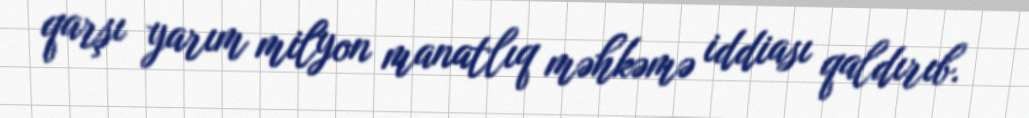
qarşı yarım milyon manatlıq məhkəmə iddiası qaldırıb.